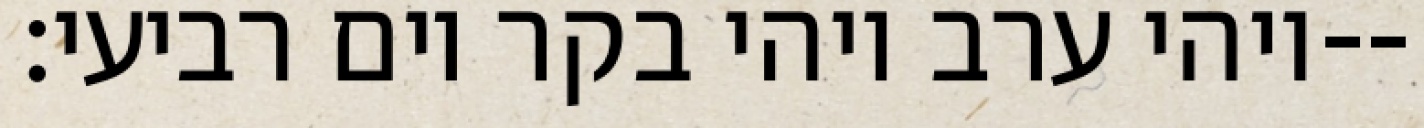
ויהי ערב ויהי בקר יום רביעי׃--